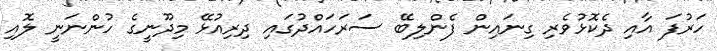
ހަރުފަ އާއި ދެކޮޅުވެރި ގިނައިން ފެންލިބޭ ސަރަހައްދުގައި ދިރިއުޅޭ މިދޫނީގެ ހުންނަނީ ލޮއި